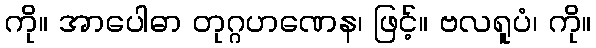
ကို။ အာပေါဓာ တုဂ္ဂဟဏေန၊ ဖြင့်။ ဗလရူပံ၊ ကို။